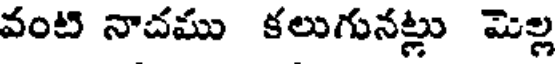
వంటి నాచము కలుగునట్లు మెల్ల